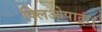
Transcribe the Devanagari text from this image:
क्लिओपाट्रा।